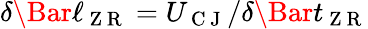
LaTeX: \delta\Bar{\ell}_{\mathrm{~Z~R~}}=U_{\mathrm{~C~J~}}/\delta\Bar{t}_{\mathrm{~Z~R~}}